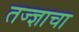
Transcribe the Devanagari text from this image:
तज्ज्ञाचा